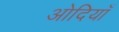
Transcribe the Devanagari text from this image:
ओदियाँ